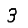
Digit: 3